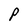
Character: p